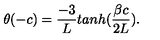
\theta ( - c ) = { \frac { - 3 } { L } } t a n h ( { \frac { \beta c } { 2 L } } ) .